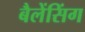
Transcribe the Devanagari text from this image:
बैलेंसिंग